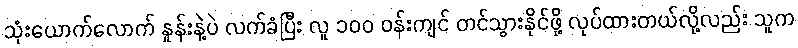
သုံးယောက်လောက် နှုန်းနဲ့ပဲ လက်ခံပြီး လူ ၁၀၀ ဝန်းကျင် တင်သွားနိုင်ဖို့ လုပ်ထားတယ်လို့လည်း သူက